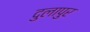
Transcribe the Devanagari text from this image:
दुलापुर